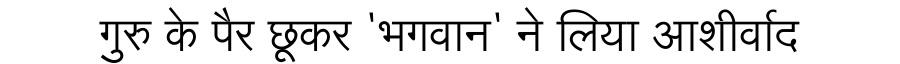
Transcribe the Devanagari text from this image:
गुरु के पैर छूकर 'भगवान' ने लिया आशीर्वाद